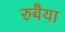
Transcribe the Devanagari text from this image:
रुबैया